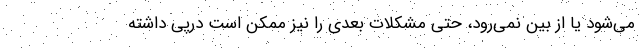
می‌شود یا از بین نمی‌رود، حتی مشکلات بعدی را نیز ممکن است درپی داشته